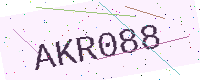
Text: AKR088